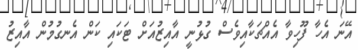
އޭނަ އެހާ ފޫހިވާ އެއްޗަކާއިވެސް ގުޅުނީ އާއިޒުއަށް ޓަކައި ކަން އެނގުމުން އާއިޒު